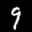
Label: 9